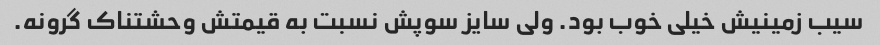
سیب زمینیش خیلی خوب بود. ولی سایز سوپش نسبت به قیمتش وحشتناک گرونه.